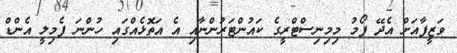
ވަޒީފާއަށް އެދޭ ފޯމު މިމިނިސްޓްރީގެ ކައުންޓަރުންނާއި އެ އަތޮޅެއްގައި ހުންނަ ފެމިލީ އެންޑް